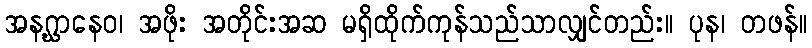
အနဂ္ဃာနေဝ၊ အဖိုး အတိုင်းအဆ မရှိထိုက်ကုန်သည်သာလျှင်တည်း။ ပုန၊ တဖန်။